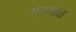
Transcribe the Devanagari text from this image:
अनगोळ